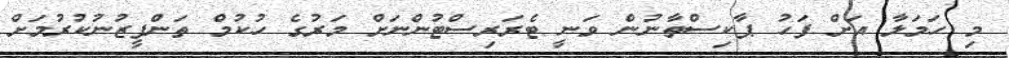
މި ހަމަލާ އަށް ފަހު ޕާކިސްތާނުން ވަނީ ޓެރަރިސްޓުންނަށް މަރުގެ ހުކުމް ތަންފީޒުނުކުރުމަށް